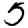
Digit: 5